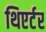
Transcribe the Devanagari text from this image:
थिएर्टर